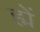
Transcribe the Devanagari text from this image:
ह्में